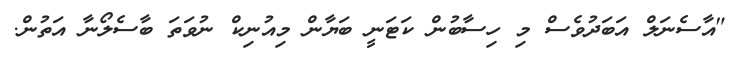
"އާސެނަލް އަބަދުވެސް މި ހިސާބުން ކަޓަނީ ބަޔާން މިއުނިކް ނުވަތަ ބާސެލޯނާ އަތުން.